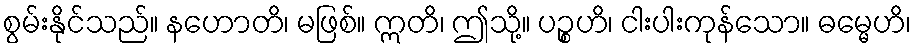
စွမ်းနိုင်သည်။ နဟောတိ၊ မဖြစ်။ ဣတိ၊ ဤသို့။ ပဉ္စဟိ၊ ငါးပါးကုန်သော။ ဓမ္မေဟိ၊